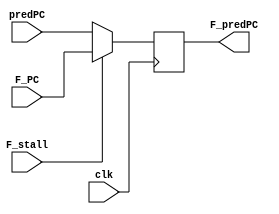
module F_Reg
(
    input clk,
    input F_stall,
    input [63:0] predPC, F_PC,

    output reg [63:0] F_predPC
);
    always @(posedge clk) F_predPC <= F_stall ? F_PC : predPC;
endmodule